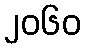
၂၀၆၀